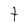
Character: t